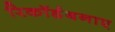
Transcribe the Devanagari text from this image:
रिकॉर्डबनाए